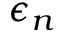
\epsilon _ { n }